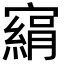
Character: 𡫂